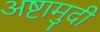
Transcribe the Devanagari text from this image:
अष्टामुदी